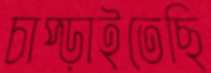
চাপ্‌ড়াইতেছি